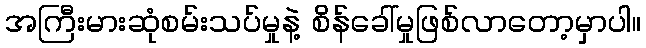
အကြီးမားဆုံစမ်းသပ်မှုနဲ့ စိန်ခေါ်မှုဖြစ်လာတော့မှာပါ။